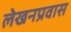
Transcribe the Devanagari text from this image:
लेखनप्रवास